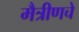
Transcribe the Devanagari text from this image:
मैत्रीणचे